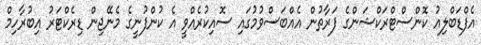
އެފްޑަބްލިއު ކޮންސްޓްރަކްޝަންގެ ފަރާތުން އެއްބަސްވުމުގައި ސޮއިކުރެއްވީ އެ ކުންފުނީގެ މެނޭޖިން ޑިރެކްޓަރު އިބުރާހިމް